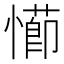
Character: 𭞖